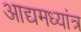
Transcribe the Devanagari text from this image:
आद्यमध्यांत्र